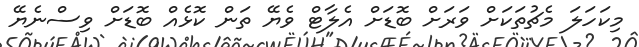
މިކަހަލަ މެޗުތަކަށް ވަރަށް ބޮޑަށް އެލާޓް ވެޔޭ ތަން ކޮޅެއް ބޮޑަށް ވިސްނެޔޭ